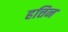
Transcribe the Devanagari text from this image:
हत्तिन